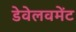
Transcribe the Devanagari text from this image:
डेवेलवमेंट